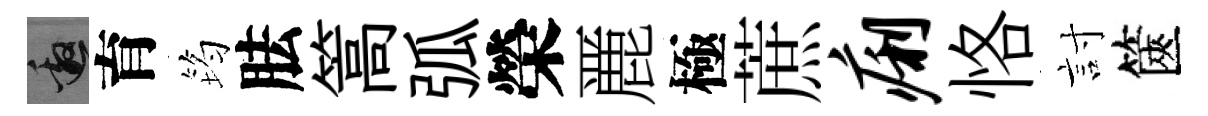
邀育筠胠篙弧榮䴡極蔗痢恪討篋